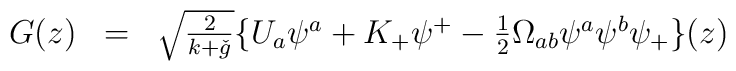
\begin{array}{lll}G(z) & = & \sqrt{\frac{2}{k+ \check{g}}} \{ U_{a} \psi^{a} + K_{+} \psi^{+} -\frac{1}{2} \Omega_{ab} \psi^{a} \psi^{b} \psi_{+} \}(z) \\\end{array}